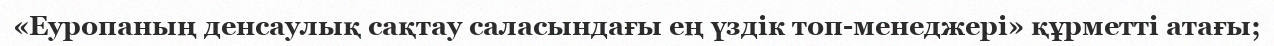
«Еуропаның денсаулық сақтау саласындағы ең үздік топ-менеджері» құрметті атағы;